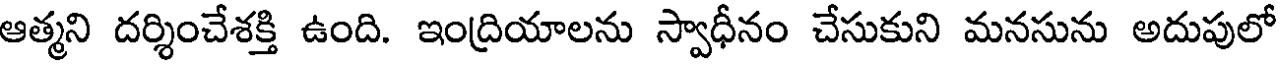
ఆత్మని దర్శించేశక్తి ఉంది. ఇంద్రియాలను స్వాధీనం చేసుకుని మనసును అదుపులో